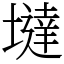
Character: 墶